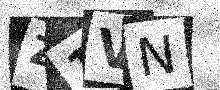
Text: Z1VN